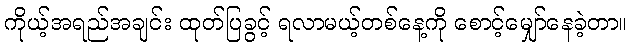
ကိုယ့်အရည်အချင်း ထုတ်ပြခွင့် ရလာမယ့်တစ်နေ့ကို စောင့်မျှော်နေခဲ့တာ။